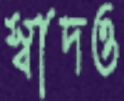
স্বাদও